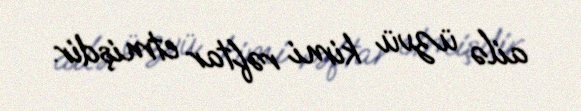
ailə üzvü kimi rəftar etmişdir.